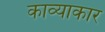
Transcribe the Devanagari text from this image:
काव्याकार